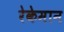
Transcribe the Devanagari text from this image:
रेकेमान